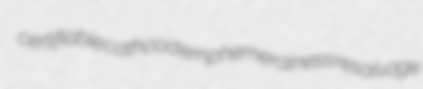
certifiable cathood emphemeralness resalvage